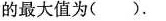
的最大值为( )。